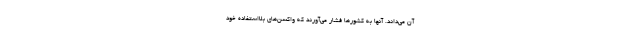
آن می‌داند. آنها به کشورها فشار می‌آورند که واکسن‌های بلااستفاده خود